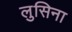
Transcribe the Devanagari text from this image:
लुसिना